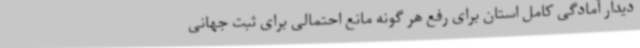
دیدار آمادگی کامل استان برای رفع هر گونه مانع احتمالی برای ثبت جهانی